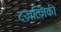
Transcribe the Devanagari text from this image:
टज़त्ज़िकी